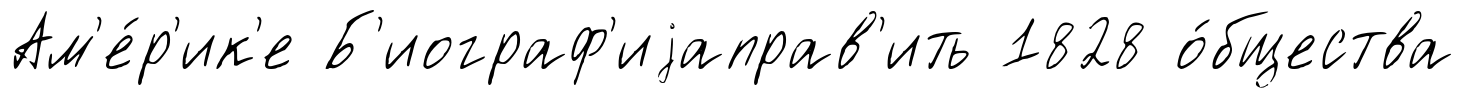
Ам'е́р'ик'е Б'иограф'иjаправ'ить 1828 о́бщества